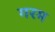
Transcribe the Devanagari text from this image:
गरम